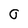
Character: 0